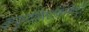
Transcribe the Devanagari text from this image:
इम्युनोहिस्टोकेमिस्ट्री